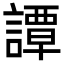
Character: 譚